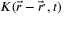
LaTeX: K ( { \vec { r } } - { \vec { r } } ^ { , } , t )